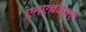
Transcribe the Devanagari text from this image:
एमएचआरए